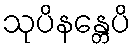
သုပိနန္တေပိ